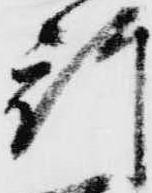
行